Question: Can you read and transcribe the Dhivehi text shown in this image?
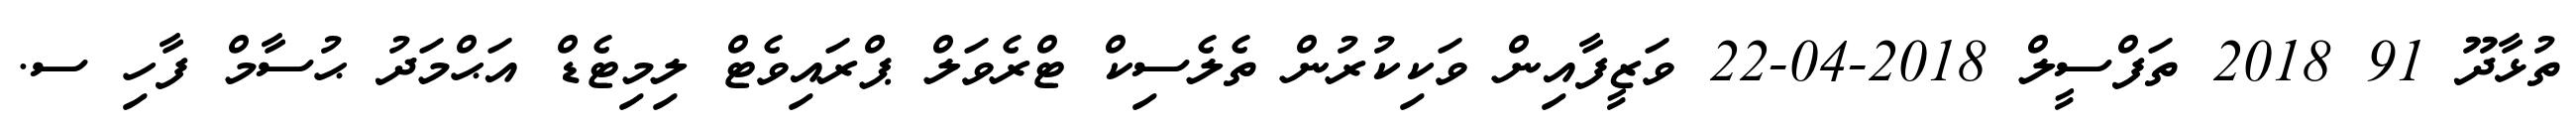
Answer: ތުޅާދޫ 91 2018 ތަފްސީލް 2018-04-22 ވަޒީފާއިން ވަކިކުރުން ތެލެސިކް ޓްރެވަލް ޕްރައިވެޓް ލިމިޓެޑް އަޙްމަދު ޙުސާމް ފާހި ސ.